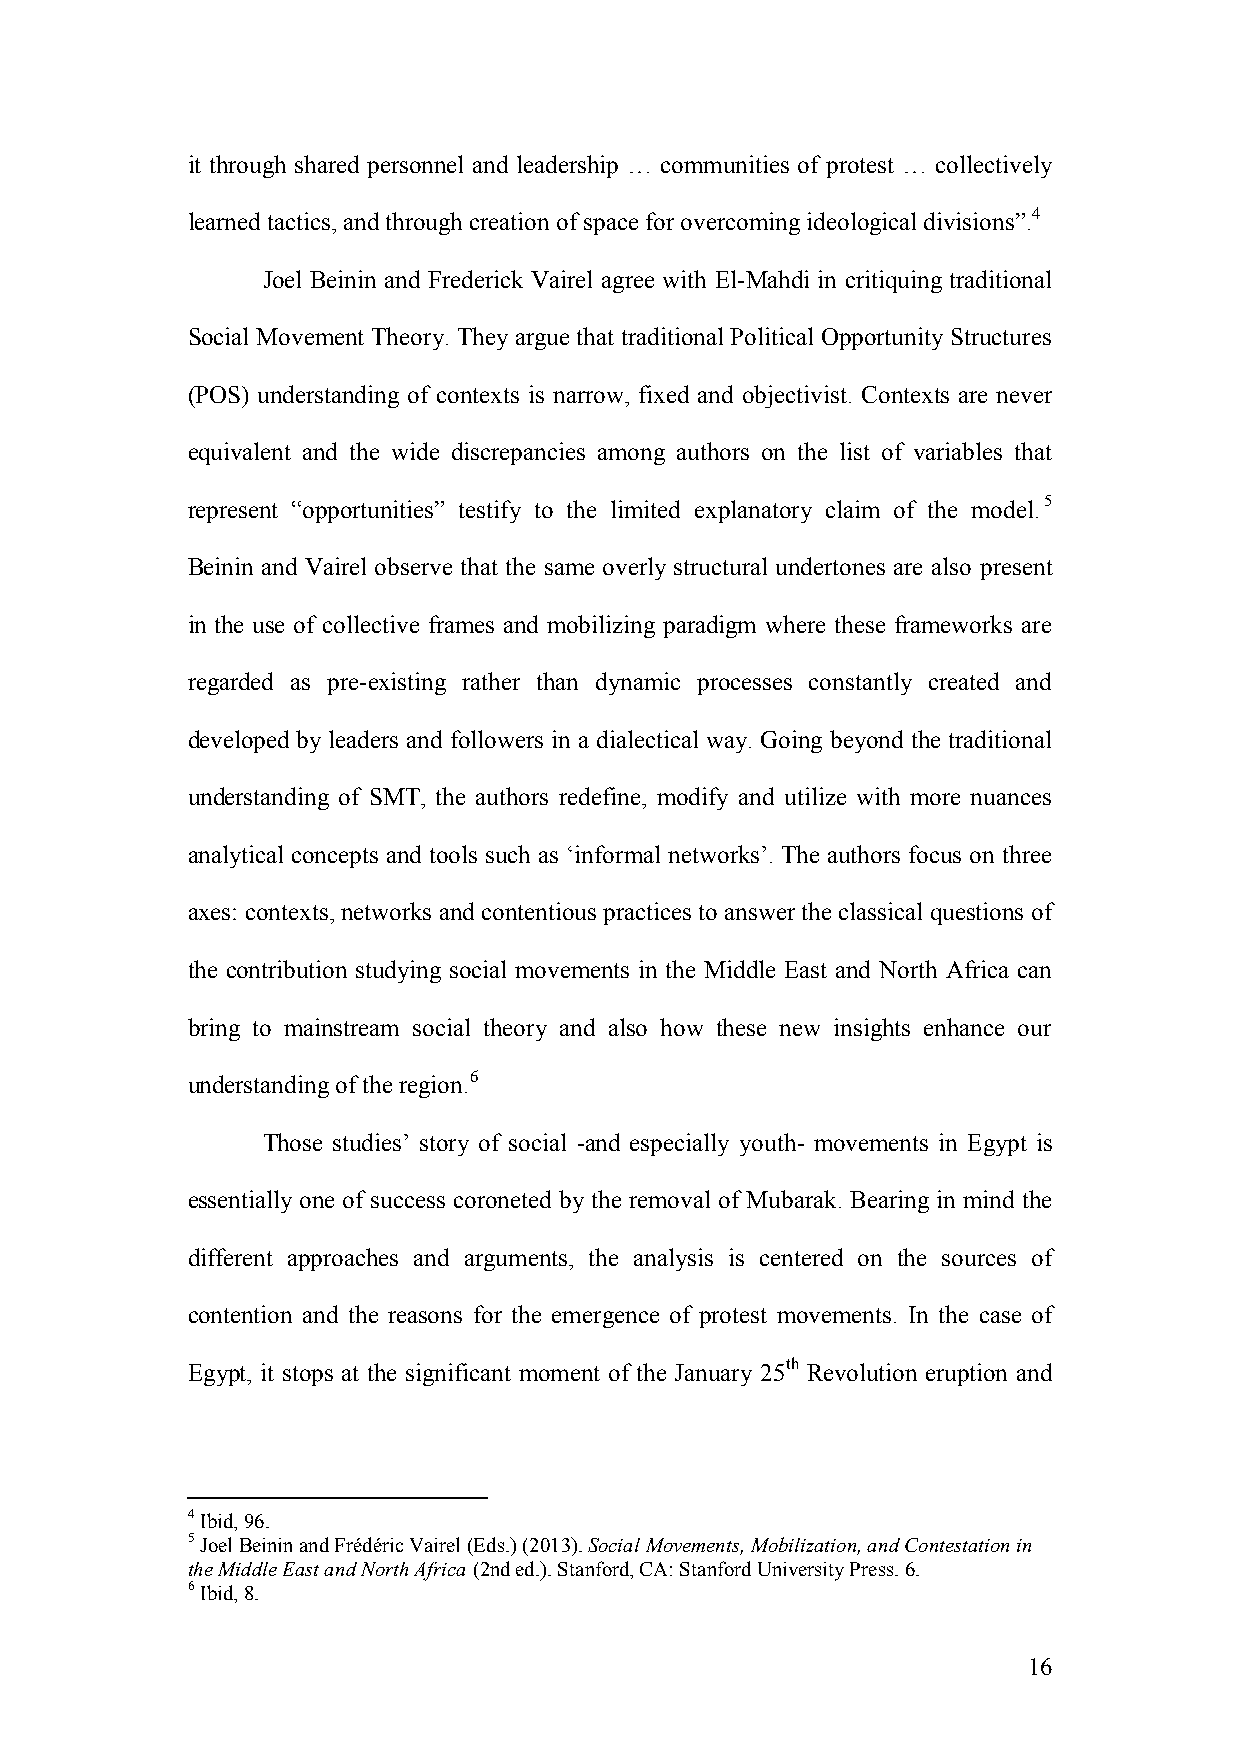
it through shared personnel and leadership … communities of protest … collectively
 learned tactics, and through creation of space for overcoming ideological divisions”.4
 Joel Beinin and Frederick Vairel agree with El-Mahdi in critiquing traditional
 Social Movement Theory. They argue that traditional Political Opportunity Structures
 (POS) understanding of contexts is narrow, fixed and objectivist. Contexts are never
 equivalent and the wide discrepancies among authors on the list of variables that
 represent “opportunities” testify to the limited explanatory claim of the model.5
 Beinin and Vairel observe that the same overly structural undertones are also present
 in the use of collective frames and mobilizing paradigm where these frameworks are
 regarded as pre-existing rather than dynamic processes constantly created and
 developed by leaders and followers in a dialectical way. Going beyond the traditional
 understanding of SMT, the authors redefine, modify and utilize with more nuances
 analytical concepts and tools such as ‘informal networks’. The authors focus on three
 axes: contexts, networks and contentious practices to answer the classical questions of
 the contribution studying social movements in the Middle East and North Africa can
 bring to mainstream social theory and also how these new insights enhance our
 understanding of the region.6
 Those studies’ story of social -and especially youth- movements in Egypt is
 essentially one of success coroneted by the removal of Mubarak. Bearing in mind the
 different approaches and arguments, the analysis is centered on the sources of
 contention and the reasons for the emergence of protest movements. In the case of
 Egypt, it stops at the significant moment of the January 25th Revolution eruption and
 4 Ibid, 96.
 5 Joel Beinin and Frédéric Vairel (Eds.) (2013). Social Movements, Mobilization, and Contestation in
 the Middle East and North Africa (2nd ed.). Stanford, CA: Stanford University Press. 6.
 6 Ibid, 8.
 16